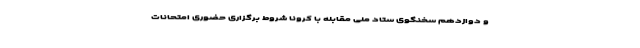
و دوازدهم سخنگوی ستاد ملی مقابله با کرونا شروط برگزاری حضوری امتحانات